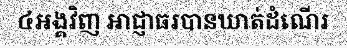
៤អង្គវិញ អាជ្ញាធរបានឃាត់ដំណើរ